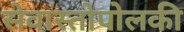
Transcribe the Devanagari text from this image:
सेवास्तोपोलकी